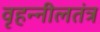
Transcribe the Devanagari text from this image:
वृहन्नीलतंत्र